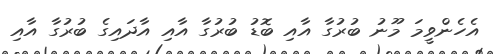
އެހެންވީމަ މޫނު ބުރުގާ އާއި ބޮޑު ބުރުގާ އާއި އާދައިގެ ބުރުގާ އާއި